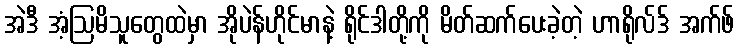
အဲဒီ အံ့ဩမိသူတွေထဲမှာ အိုပဲန်ဟိုင်မာနဲ့ ရိုင်ဒါတို့ကို မိတ်ဆက်ပေးခဲ့တဲ့ ဟာရိုလ်ဒ် အက်ဖ်